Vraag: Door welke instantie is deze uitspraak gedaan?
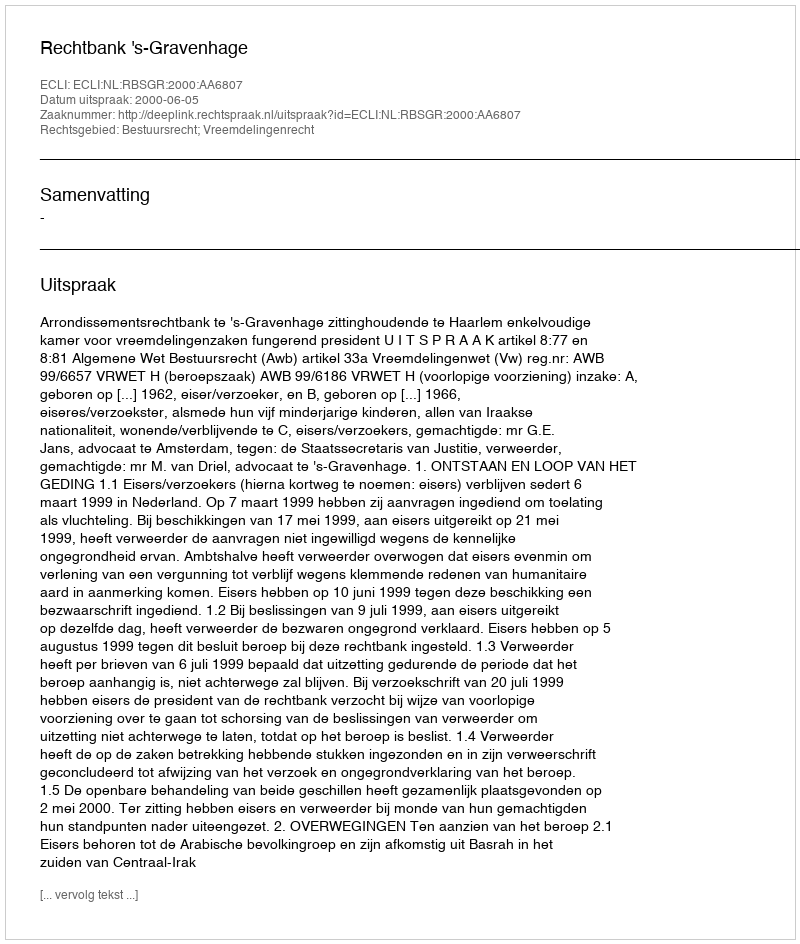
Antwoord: Rechtbank 's-Gravenhage